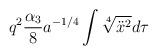
LaTeX: \begin{align*} q^2\frac{\alpha_3}8a^{-1/4}\int{\sqrt[4]{\ddot{x}^2}}d\tau\end{align*}